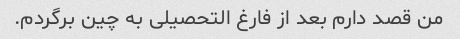
من قصد دارم بعد از فارغ التحصیلی به چین برگردم.